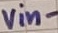
Text: vin-